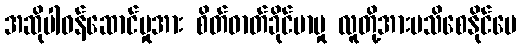
အဆိုပါဝန်ဆောင်မှုအား စိတ်ဓာတ်ခိုင်မာမှု လူတို့အားမသိစေနိုင်ပေ